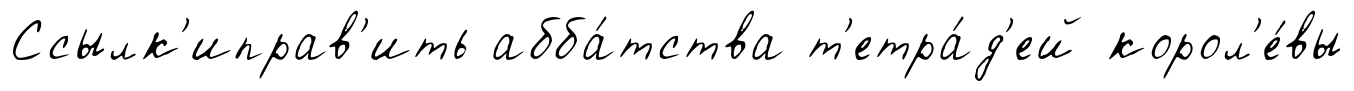
Ссылк'иправ'ить абба́тства т'етра́д'ей корол'е́вы